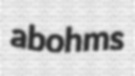
abohms